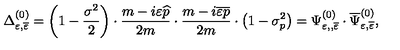
\Delta _ { \varepsilon , \overline { { \varepsilon } } } ^ { ( 0 ) } = \left( 1 - \frac { \sigma ^ { 2 } } 2 \right) \cdot \frac { m - i \varepsilon \widehat { p } } { 2 m } \cdot \frac { m - i \overline { { \varepsilon } } \overline { { p } } } { 2 m } \cdot \left( 1 - \sigma _ { p } ^ { 2 } \right) = \Psi _ { \varepsilon , , \overline { { \varepsilon } } } ^ { ( 0 ) } \cdot \overline { { \Psi } } _ { \varepsilon , \overline { { \varepsilon } } } ^ { ( 0 ) } ,